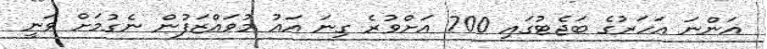
އަންނަ އަހަރުގެ ބަޖެޓުގައި 700 އަށްވުރެ ގިނަ އައު މުވައްޒަފުން ނެގުމަށް ވަނީ